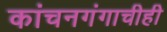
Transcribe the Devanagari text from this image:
कांचनगंगाचीही